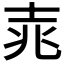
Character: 𮰲